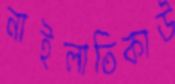
নাইলাতিকাউ